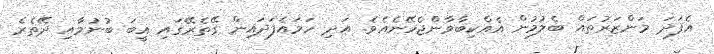
އެފަދަ މަންޒަރުތައް ބެލުމުން އެއްކިބާވާންޖެހޭނެއެވެ. އަދި ހަމައެފަދައިން ގޭތެރޭގައި ޣީބަ ބުނުމާއި ދޭތެރެ